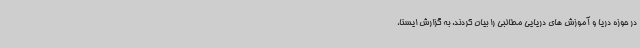
در حوزه دریا و آموزش های دریایی مطالبی را بیان کردند. به گزارش ایسنا،